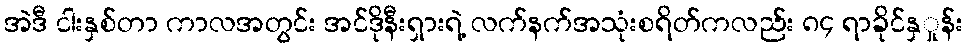
အဲဒီ ငါးနှစ်တာ ကာလအတွင်း အင်ဒိုနီးရှားရဲ့ လက်နက်အသုံးစရိတ်ကလည်း ၈၄ ရာခိုင်နှှုန်း